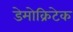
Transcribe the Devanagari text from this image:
डेमोक्रिटेक